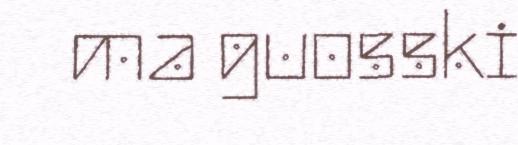
ma guosski